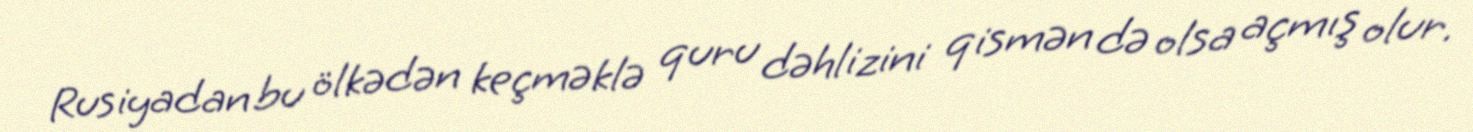
Rusiyadan bu ölkədən keçməklə quru dəhlizini qismən də olsa açmış olur.